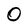
Character: O